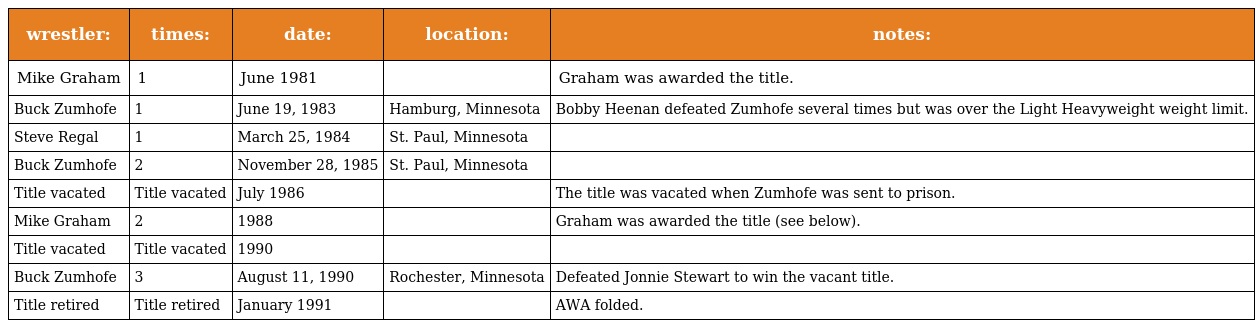
| wrestler: | times: | date: | location: | notes: |
 | --- | --- | --- | --- | --- |
 | Mike Graham | 1 | June 1981 |  | Graham was awarded the title. |
 | Buck Zumhofe | 1 | June 19, 1983 | Hamburg, Minnesota | Bobby Heenan defeated Zumhofe several times but was over the Light Heavyweight weight limit. |
 | Steve Regal | 1 | March 25, 1984 | St. Paul, Minnesota |  |
 | Buck Zumhofe | 2 | November 28, 1985 | St. Paul, Minnesota |  |
 | Title vacated | Title vacated | July 1986 |  | The title was vacated when Zumhofe was sent to prison. |
 | Mike Graham | 2 | 1988 |  | Graham was awarded the title (see below). |
 | Title vacated | Title vacated | 1990 |  |  |
 | Buck Zumhofe | 3 | August 11, 1990 | Rochester, Minnesota | Defeated Jonnie Stewart to win the vacant title. |
 | Title retired | Title retired | January 1991 |  | AWA folded. |